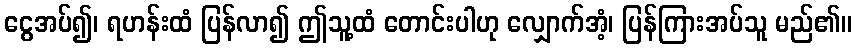
ငွေအပ်၍၊ ရဟန်းထံ ပြန်လာ၍ ဤသူ့ထံ တောင်းပါဟု လျှောက်အံ့၊ ပြန်ကြားအပ်သူ မည်၏။